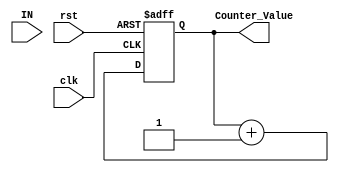
module Counter_32b (
    input wire [31:0] IN,
    input wire        clk,
    input wire        rst,

    output reg [31:0] Counter_Value
);

always @ (posedge clk or negedge rst )
begin
    if (!rst)
    begin
        Counter_Value <= 32'b0;
    end 
    else 
    begin
        Counter_Value <= Counter_Value + 32'b1;
    end 
end

endmodule